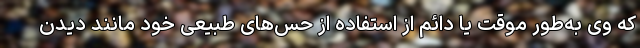
که وی به‌طور موقت یا دائم از استفاده از حس‌های طبیعی خود مانند دیدن